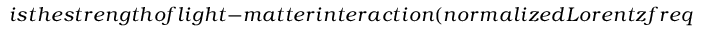
i s t h e s t r e n g t h o f l i g h t - m a t t e r i n t e r a c t i o n ( n o r m a l i z e d L o r e n t z f r e q u e n c y ) , a n d